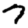
Digit: 7